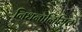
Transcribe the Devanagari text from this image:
निधनानिमित्त